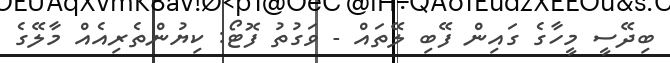
ބިދޭސީ މީހާގެ ގައިން ފޭބި ލޭތައް - ވަގުތު ފޮޓޯ: ކިޔުންތެރިއެއް މާލޭގެ